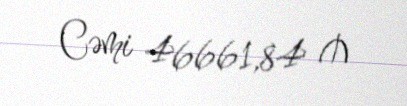
Cəmi 46661,84 ₼